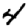
Digit: 4